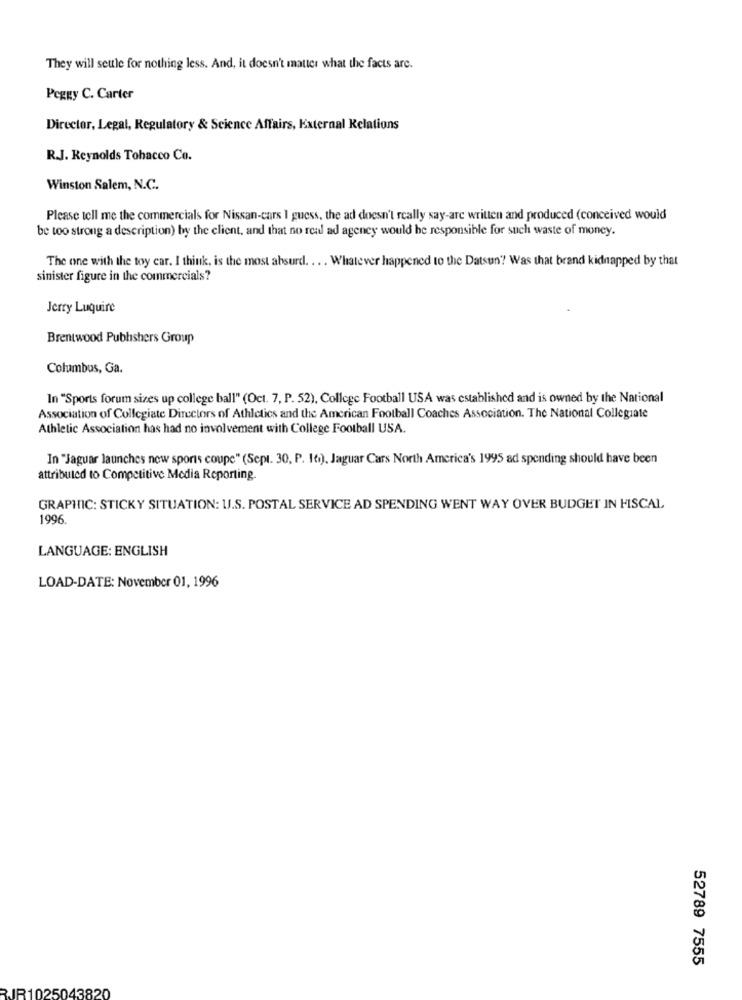
They will seule for nothing less. And, it doesn't matter what the facts are.
Peggy C. Carter
Director, Legal, Regulatory & Science Affairs, External Relations
R.J. Reynolds Tobacco Co.
Winston Salem, N.C.
Please tell me the commercials for Nissan-cars I guess, the ad doesn't really say-are written and produced (conceived would
be too strong a description) by the client, and that no real ad agency would be responsible for such waste of money.
The one with the toy car. I think, is the most absurd. . .. Whatever happened to the Datsun'? Was that brand kidnapped by that
sinister figure in the commercials?
Jerry Luquire
Brentwood Publishers Group
Columbus, Ga.
In "Sports forum sizes up college ball" (Oct. 7, P. 52), College Football USA was established and is owned by the National
Association of Collegiate Directors of Athletics and the American Football Coaches Association. The National Collegiate
Athletic Association has had no involvement with College Football USA.
In "Jaguar launches new sports coupe" (Sept. 30, P. 16), Jaguar Cars North America's 1995 ad spending should have been
attributed to Competitive Media Reporting.
GRAPHIC: STICKY SITUATION: U.S. POSTAL SERVICE AD SPENDING WENT WAY OVER BUDGET IN FISCAL
1996.
LANGUAGE: ENGLISH
LOAD-DATE: November 01, 1996
52789 7555
JR1025043820